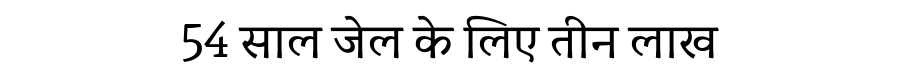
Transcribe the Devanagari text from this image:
54 साल जेल के लिए तीन लाख